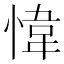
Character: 愇